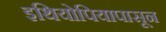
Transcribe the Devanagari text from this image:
इथियोपियापासून